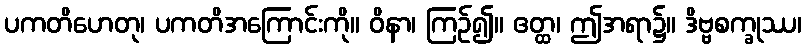
ပကတိဟေတု၊ ပကတိအကြောင်းကို။ ဝိနာ၊ ကြဉ်၍။ ဧတ္ထ၊ ဤအရာ၌။ ဒိဗ္ဗစက္ခုဿ၊